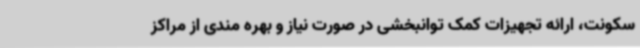
سکونت، ارائه تجهیزات کمک توانبخشی در صورت نیاز و بهره مندی از مراکز